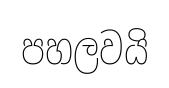
පහලවයි